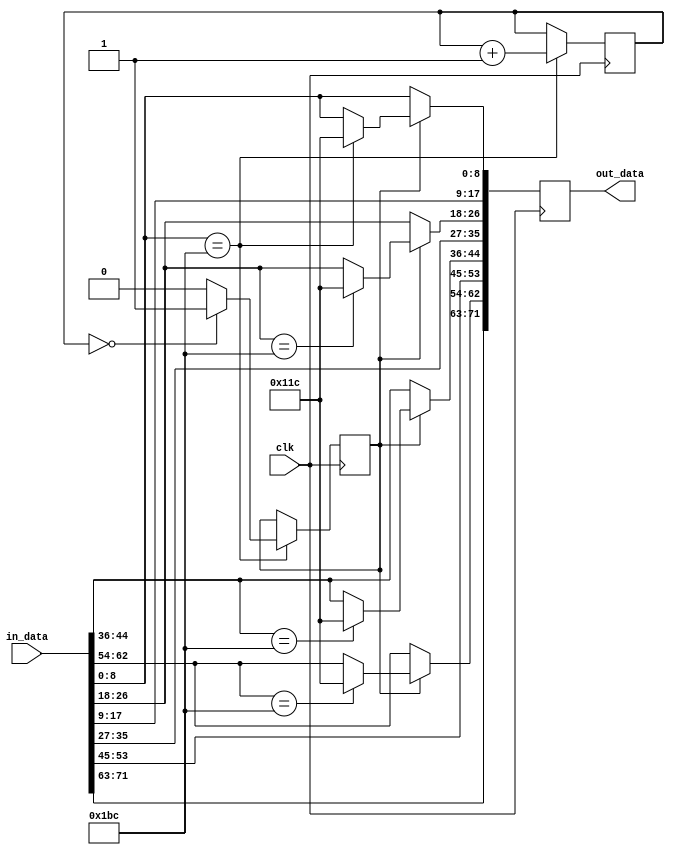
///////////////////////////////////////////////////////////////////////////////
// ./src/scrambler_reset_inserter.v : 
//
//
// Part of the DisplayPort_Verlog project - an open implementation of the 
// DisplayPort protocol for FPGA boards. 
//
// See https://github.com/hamsternz/DisplayPort_Verilog for latest versions.
//
///////////////////////////////////////////////////////////////////////////////
// Version |  Notes
// ----------------------------------------------------------------------------
//   1.0   | Initial Release
//
///////////////////////////////////////////////////////////////////////////////
//
// MIT License
// 
// Copyright (c) 2019 Mike Field
// 
// Permission is hereby granted, free of charge, to any person obtaining a copy
// of this software and associated documentation files (the "Software"), to deal
// in the Software without restriction, including without limitation the rights
// to use, copy, modify, merge, publish, distribute, sublicense, and/or sell
// copies of the Software, and to permit persons to whom the Software is
// furnished to do so, subject to the following conditions:
// 
// The above copyright notice and this permission notice shall be included in all
// copies or substantial portions of the Software.
// 
// THE SOFTWARE IS PROVIDED "AS IS", WITHOUT WARRANTY OF ANY KIND, EXPRESS OR
// IMPLIED, INCLUDING BUT NOT LIMITED TO THE WARRANTIES OF MERCHANTABILITY,
// FITNESS FOR A PARTICULAR PURPOSE AND NONINFRINGEMENT. IN NO EVENT SHALL THE
// AUTHORS OR COPYRIGHT HOLDERS BE LIABLE FOR ANY CLAIM, DAMAGES OR OTHER
// LIABILITY, WHETHER IN AN ACTION OF CONTRACT, TORT OR OTHERWISE, ARISING FROM,
// OUT OF OR IN CONNECTION WITH THE SOFTWARE OR THE USE OR OTHER DEALINGS IN THE
// SOFTWARE.
//
///////////////////////////////////////////////////////////////////////////////
//
// Want to say thanks?
//
// This design has taken many hours - 3 months of work for the initial VHDL
// design, and another month or so to convert it to Verilog for this release.
//
// I'm more than happy to share it if you can make use of it. It is released
// under the MIT license, so you are not under any onus to say thanks, but....
//
// If you what to say thanks for this design either drop me an email, or how about
// trying PayPal to my email (hamster@snap.net.nz)?
//
//  Educational use - Enough for a beer
//  Hobbyist use    - Enough for a pizza
//  Research use    - Enough to take the family out to dinner
//  Commercial use  - A weeks pay for an engineer (I wish!)
//
///////////////////////////////////////////////////////////////////////////////
`timescale 1ns / 1ps

/////////////////////////////////////////////////////////////////////
// TODO - Needs to also work for BS in the high half of the in_data
/////////////////////////////////////////////////////////////////////
// Note - this assumes that all the BS sysbols will be aligned (which
// they should). This means we only need one counter and one flag
/////////////////////////////////////////////////////////////////////
module  scrambler_reset_inserter( 
            input         clk,
            input  [71:0] in_data,
            output reg [71:0] out_data
        );

reg [8:0] bs_count;
reg       substitue_next;

localparam [8:0] BS = 9'b110111100;  // K28.5 0x1BC
localparam [8:0] SR = 9'b100011100;  // K28.0 0x11C

initial begin
    bs_count       = 9'b0;
    substitue_next = 1'b0;
    out_data       = 72'b0;
end

always @(posedge clk) begin
    //----------------------------------------------
    // Subsitute every 512nd Blank start (BS) symbol
    // with a Scrambler Reset (SR) symbol. 
    //----------------------------------------------
    out_data  <= in_data;

    if(substitue_next == 1'b1) begin
        if(in_data[8:0]   == BS) begin
            out_data[8:0]   <= SR;
        end

        if(in_data[26:18] == BS) begin
            out_data[26:18] <= SR;
        end

        if(in_data[44:36] == BS) begin
            out_data[44:36] <= SR;
        end

        if(in_data[62:54] == BS) begin
            out_data[62:54] <= SR;
        end
    end

    if(in_data[8:0] == BS) begin
    	if(bs_count == 1'b0) begin
            substitue_next <= 1'b1;
    	end else begin
            substitue_next <= 1'b0;
    	end
    	bs_count <= bs_count + 1;
    end
end

endmodule